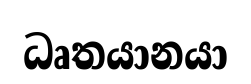
ධෘතයානයා